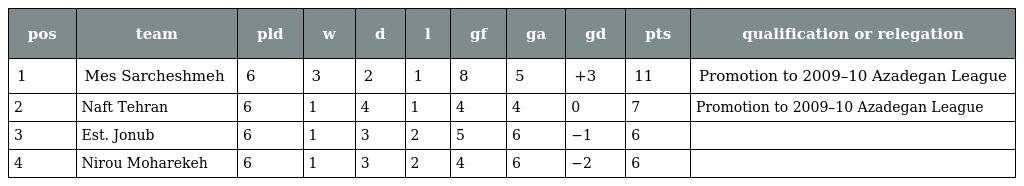
| pos | team | pld | w | d | l | gf | ga | gd | pts | qualification or relegation |
 | --- | --- | --- | --- | --- | --- | --- | --- | --- | --- | --- |
 | 1 | Mes Sarcheshmeh | 6 | 3 | 2 | 1 | 8 | 5 | +3 | 11 | Promotion to 2009–10 Azadegan League |
 | 2 | Naft Tehran | 6 | 1 | 4 | 1 | 4 | 4 | 0 | 7 | Promotion to 2009–10 Azadegan League |
 | 3 | Est. Jonub | 6 | 1 | 3 | 2 | 5 | 6 | −1 | 6 |  |
 | 4 | Nirou Moharekeh | 6 | 1 | 3 | 2 | 4 | 6 | −2 | 6 |  |